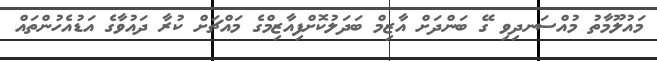
މައުލޫމާތު މުއްސަނދިވި ގޭ ބަންދަށް އާޒިމް ބަދަލުކޮށްފިއާޒިމްގެ މައްޗަށް ކުރާ ދައުވާގެ އަޑުއެހުންތައް